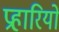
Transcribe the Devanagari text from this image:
प्रहारियों